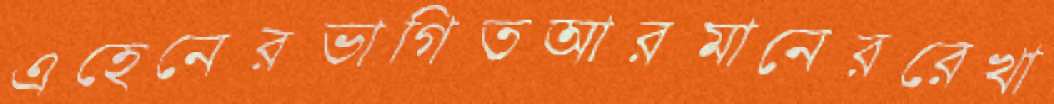
এহেনেরভাগিতআরমানেররেখা